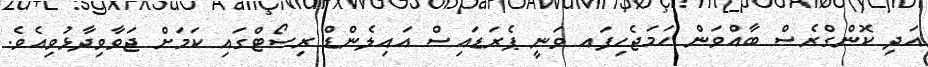
އަދި ކޮންގްރެސް ބާއްވަން ހަމަޖެހިފައ ވަނީ ޕެރަޑައިސް އައިލެންޑް ރިސޯޓްގައި ކަމަށް ޖަވާވިދާޅުވިއެވެ.